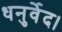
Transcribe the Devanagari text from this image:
धनुर्वेद।